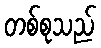
တစ်စုသည်